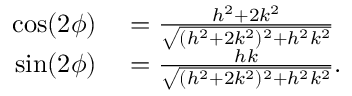
\begin{array} { r l } { \cos ( 2 \phi ) } & { { } = \frac { h ^ { 2 } + 2 k ^ { 2 } } { \sqrt { ( h ^ { 2 } + 2 k ^ { 2 } ) ^ { 2 } + h ^ { 2 } k ^ { 2 } } } } \\ { \sin ( 2 \phi ) } & { { } = \frac { h k } { \sqrt { ( h ^ { 2 } + 2 k ^ { 2 } ) ^ { 2 } + h ^ { 2 } k ^ { 2 } } } . } \end{array}